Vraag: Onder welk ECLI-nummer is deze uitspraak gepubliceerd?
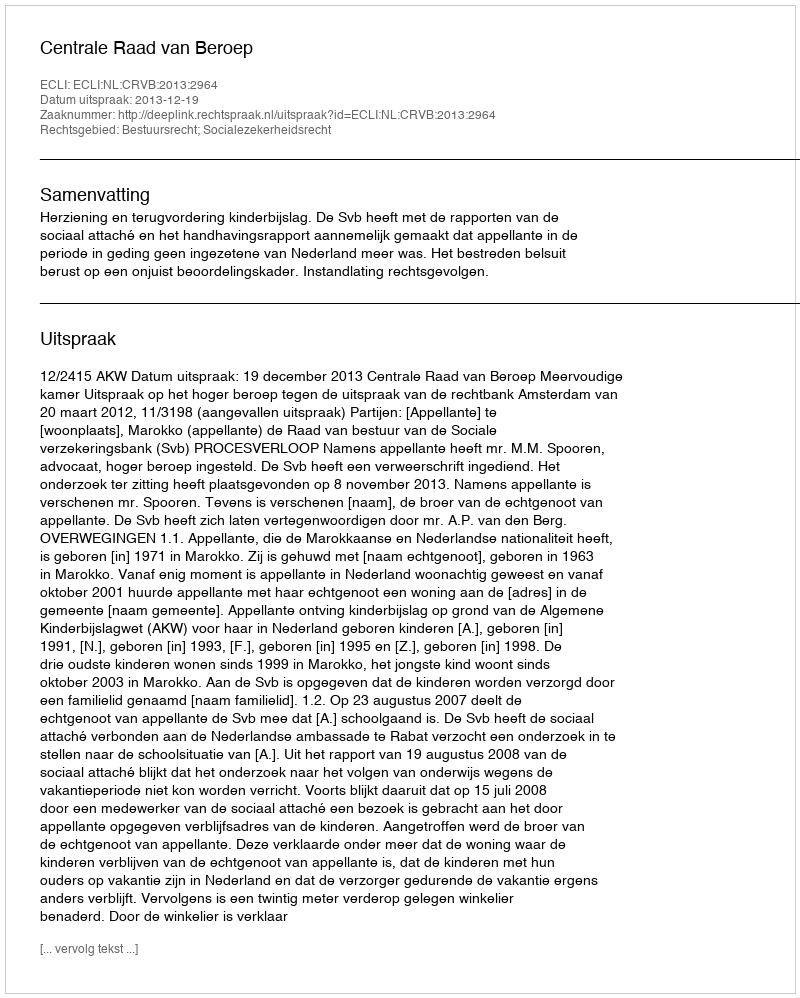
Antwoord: ECLI:NL:CRVB:2013:2964